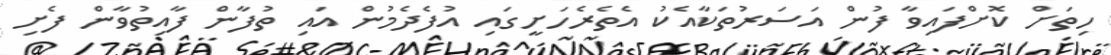
ހިތަށް ކޮށްފައިވާ ފުން އަސަރުތަކާއެކު އެތެރެހަށީގައި އުފެދެމުން އައި ތުފާން ފާއިތުވާން ފެށި